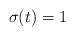
LaTeX: \begin{align*}\sigma(t)=1\end{align*}